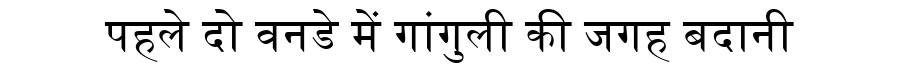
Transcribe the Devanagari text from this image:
पहले दो वनडे में गांगुली की जगह बदानी